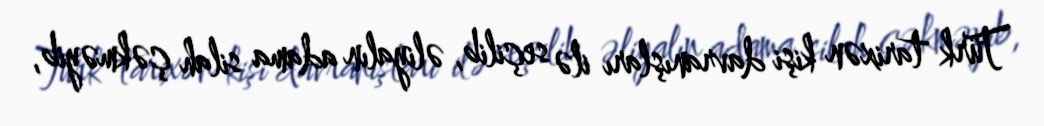
Türk tarixən kişi davranışları ilə seçilib, əliyalın adama silah çəkməyib,